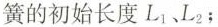
簧的初始长度L_{1}'、L_{2}'；